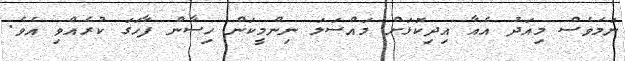
ނަމަވެސް މިއަދު އެއާ އިދިކޮޅަށް މައްސަލަ ނިންމީކަން ހިސާން ފާހަގަ ކުރެއްވި އެވެ.